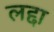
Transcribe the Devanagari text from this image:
लद्दा